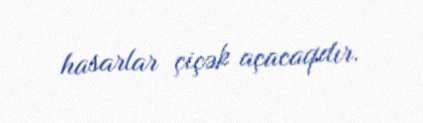
hasarlar çiçək açacaqdır.